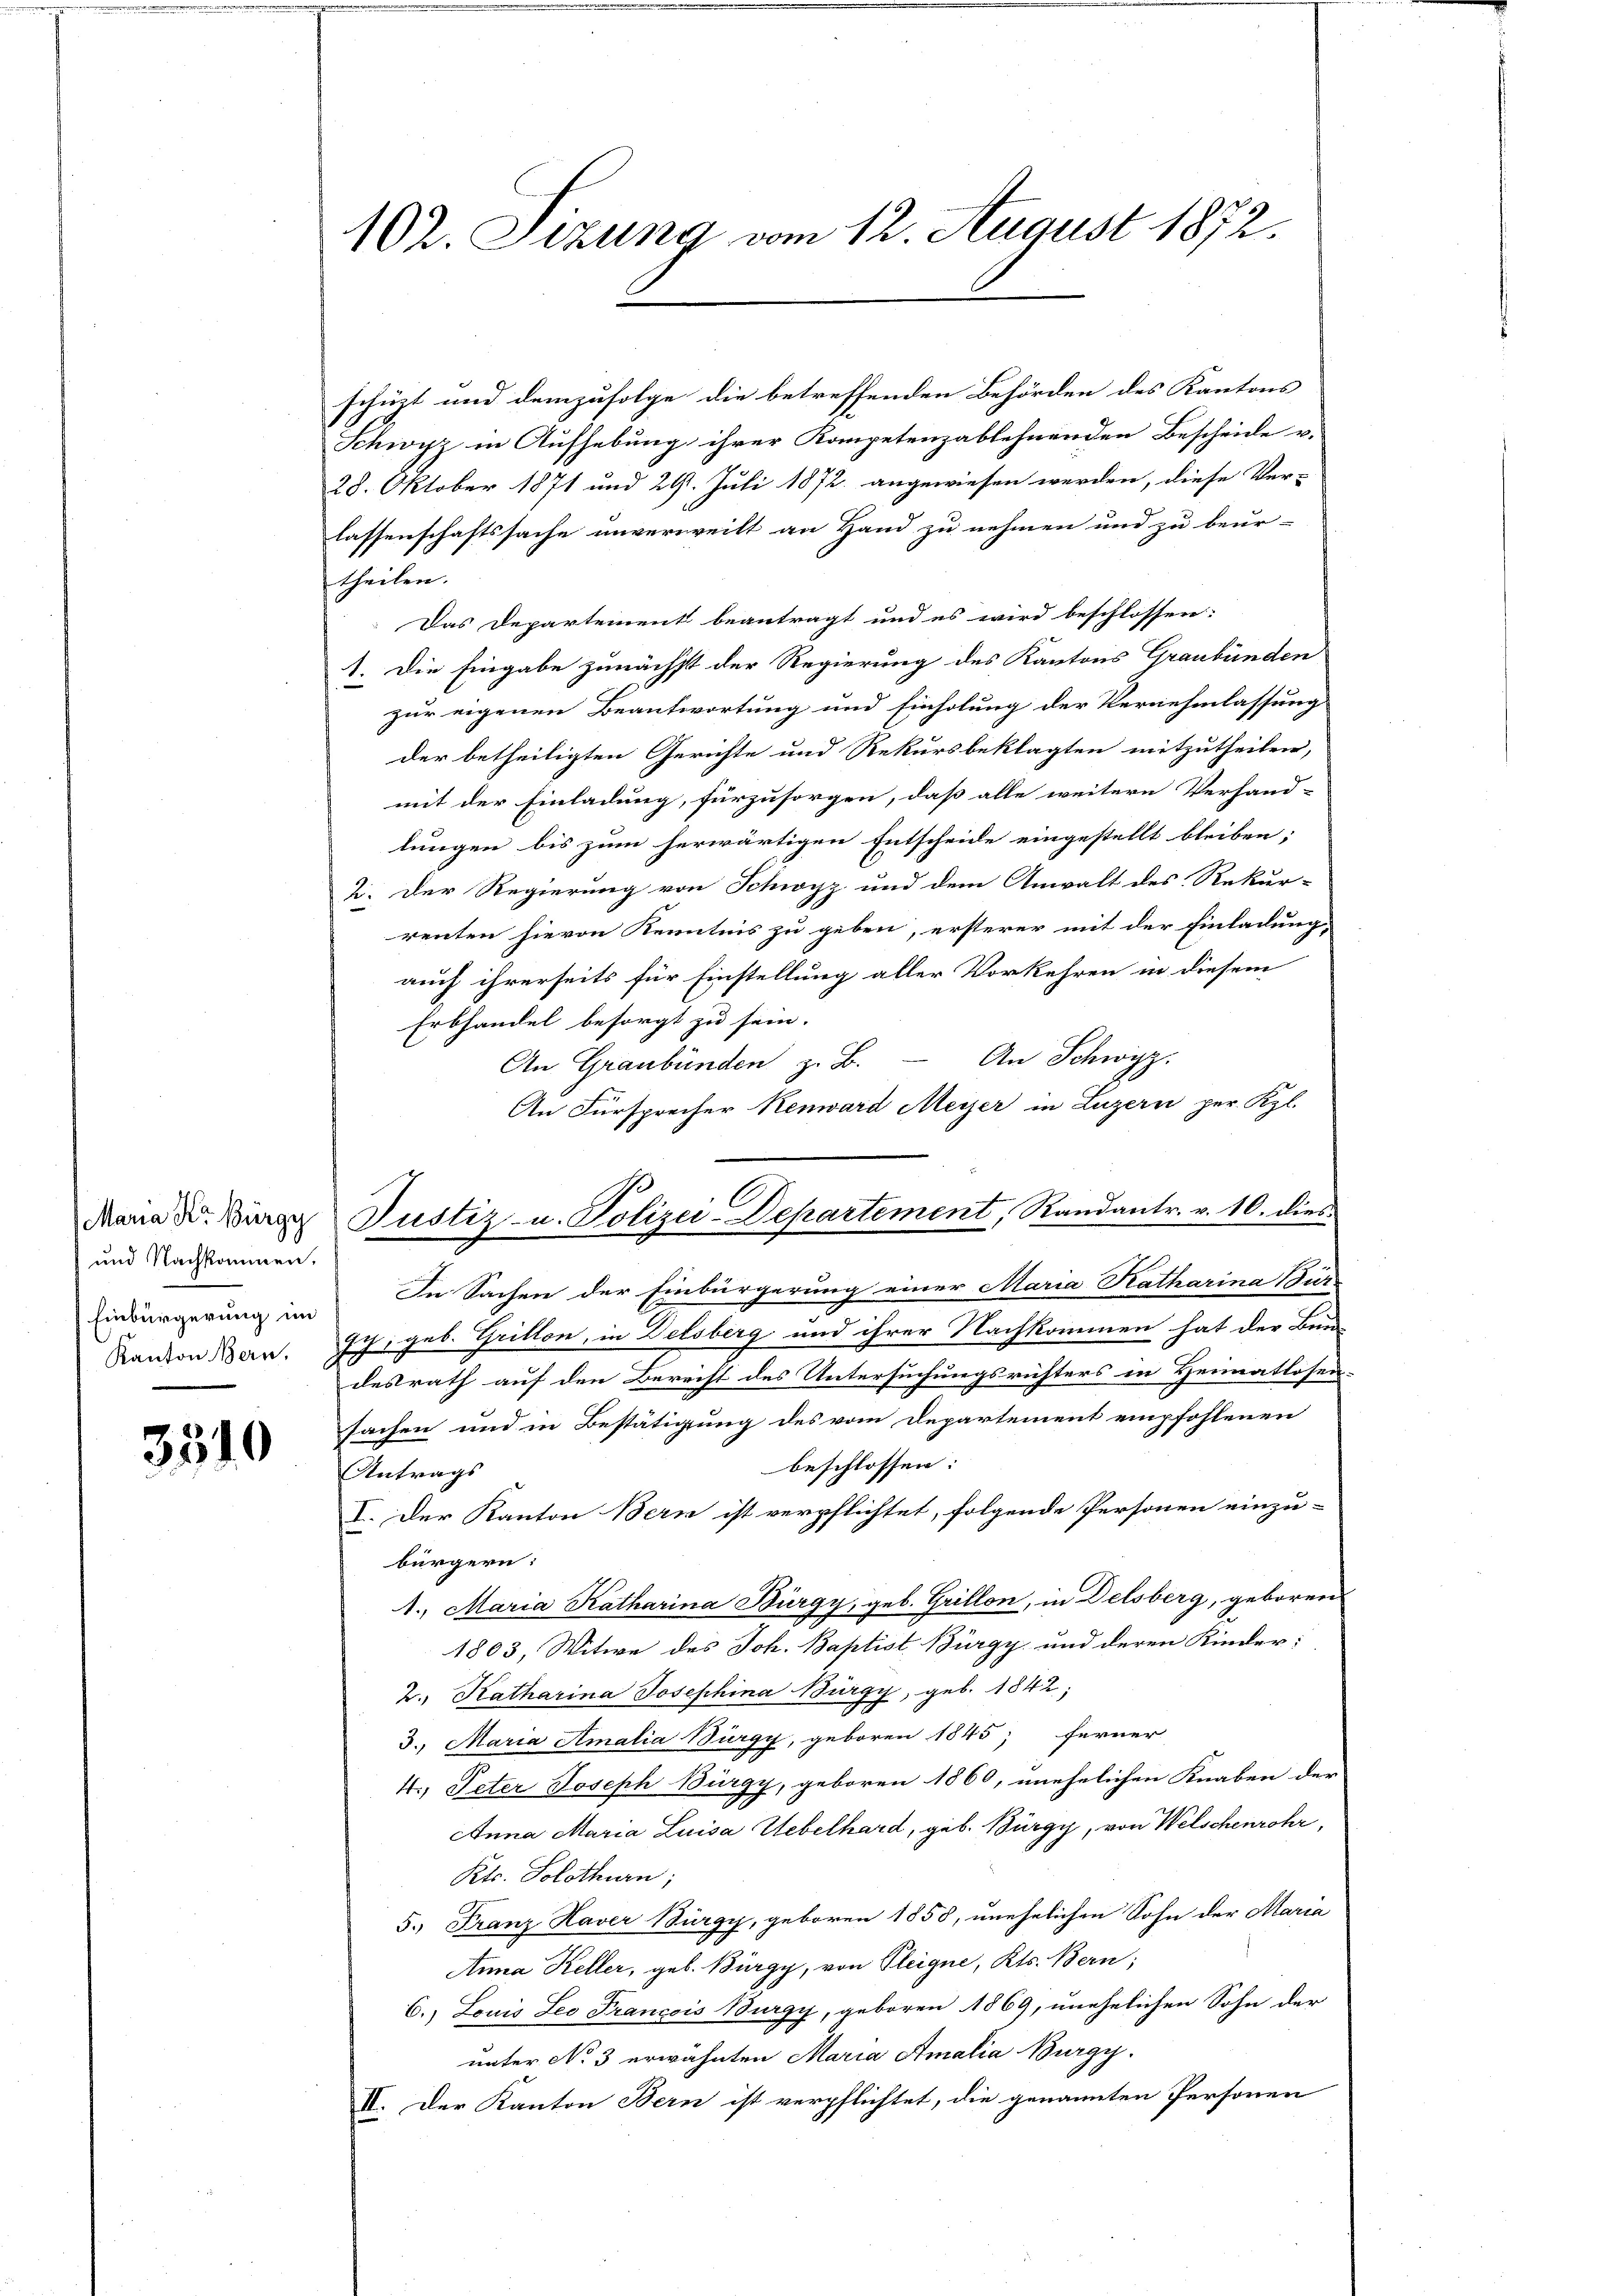
3310

102. Sizung vom 12. August 1872.

und Nachkommen.
Einbürgerung im

schüzt und demzufolge die betreffenden Behörden des Kantons
Schwyz in Aufhebung ihrer Kompetenzablehnenden Bescheide v.
28. Oktober 1871 und 29. Juli 1872 angewiesen werden, diese Ver-
lassenschaftssache unverweilt an Hand zu nehmen und zu beur-
theilen.
Das Departement beantragt und es wird beschlossen:
1. Die Eingabe zunächst der Regierung des Kantons Graubünden
zur eigenen Beantwortung und Einholung der Vernehmlassung
der betheiligten Gerichte und Rekursbeklagten mitzutheilen,
mit der Einladung, fürzusorgen, daß alle weitere Verhand-
lungen bis zum herwärtigen Entscheide eingestellt bleiben;
2. Der Regierung von Schwyz und dem Anwalt des Rekur-
renten hievon Kenntnis zu geben, ersterer mit der Einladungs-
auch ihrerseits für Einstellung aller Vorkehren in diesem
Erbhandel besorgt zu sein.
An Graubünden z. B. - An Schwyz.
An Fürsprecher Renward Meyer in Luzern per. Kgl.
In Sachen der Einbürgerung einer Maria Katharina Bur-
Randon an. Ich geb. Grillon, in Delsberg und ihrer Nachkommen hat der Bunde
desrath auf den Berecht des Untersuchungsrichters in Heimatlosen-
sachen und in Bestätigung des vom Departement empfohlenen
beschlossen:
Antrags
I. Der Kanton Bern ist verpflichtet, folgende Personen einzu-
bürgern:
1., Maria Katharina Bürgy, geb. Grillon, in Delsberg, geboren
1803, Witwe des Joh. Baptist Bürgy und deren Kinder:
2., Katharina Josephina Bürgy, geb. 1842;
3. Maria Amalia Bürgy, geboren 1845; ferner
4., Peter Joseph Bürgy, geboren 1860, unehelichen Knaben der
Anna Maria Luisa Uebelhard, geb. Bürgy, von Welschenrohr,
Kts. Solothurn,
5.) Franz Haver Bürgy, geboren 1858, unehelichen Sohn der Maria
Anna Keller, geb. Bürgy, von Pleigne, Kts. Bern;
6. Louis Leo Francois Burgy, geboren 1869, unehelichen Sohn der
unter No 3 erwähnten Maria Amalia Burgy.
II. Der Kanton Bern ist verpflichtet, die genannten Personen

Mana Dr. Buren Justiz- u. Polizei-Departement, Randantr. v. 10. dies